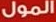
المول